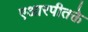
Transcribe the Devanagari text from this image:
एआरपीतक्ते